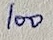
Text: 100